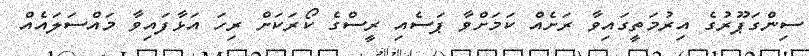
ސިންގަޕޫރުގެ އިރުމަތީގައިވާ ރަށެއް ކަމަށްވާ ޕަސެއި ރީސްގެ ކޯރަކަށް ރިހަ އަޅާފައިވާ މައްސަލައެއް